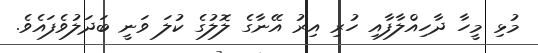
މުޅި މީހާ ދާހިއްލާފާއި ހުރި އިރު އޭނާގެ ލޮލުގެ ކުލަ ވަނީ ބަދަލުވެފައެވެ.